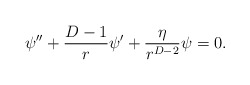
\begin{align*}\psi^{\prime\prime}+\frac{D-1}{r}\psi^\prime+\frac{\eta}{r^{D-2}}\psi=0.\end{align*}